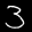
Label: 3